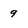
Character: 9